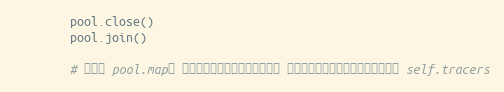
Language: Python
        pool.close()
        pool.join()

        # 传递给 pool.map的 实例对象，内存地址发生变化， 因此，这里在运行结束后，重新定义 self.tracers